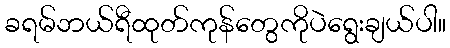
ခရမ်ဘယ်ရီထုတ်ကုန်တွေကိုပဲရွေးချယ်ပါ။